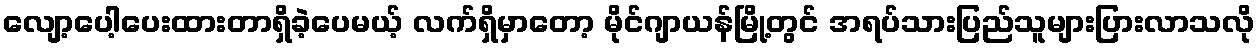
လျော့ပေါ့ပေးထားတာရှိခဲ့ပေမယ့် လက်ရှိမှာတော့ မိုင်ဂျာယန်မြို့တွင် အရပ်သားပြည်သူများပြားလာသလို